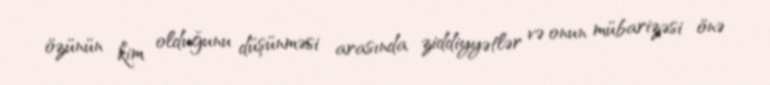
özünün kim olduğunu düşünməsi arasında ziddiyyətlər və onun mübarizəsi önə